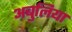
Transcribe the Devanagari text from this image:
अबुलिया